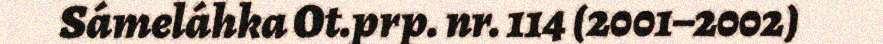
Sámeláhka Ot.prp. nr. 114 (2001–2002)